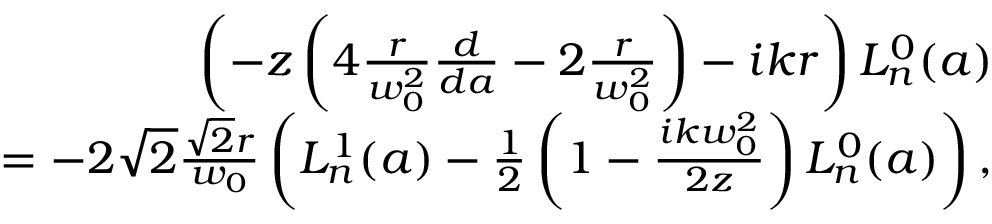
\begin{array} { r l r } & { } & { \left( - z \left( 4 \frac { r } { w _ { 0 } ^ { 2 } } \frac { d } { d a } - 2 \frac { r } { w _ { 0 } ^ { 2 } } \right) - i k r \right) L _ { n } ^ { 0 } ( a ) } \\ & { } & { = - 2 \sqrt { 2 } \frac { \sqrt { 2 } r } { w _ { 0 } } \left( L _ { n } ^ { 1 } ( a ) - \frac { 1 } { 2 } \left( 1 - \frac { i k w _ { 0 } ^ { 2 } } { 2 z } \right) L _ { n } ^ { 0 } ( a ) \right) , } \end{array}